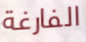
الفارغة